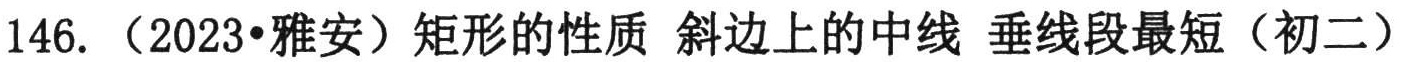
146. （2023•雅安）矩形的性质 斜边上的中线 垂线段最短（初二）